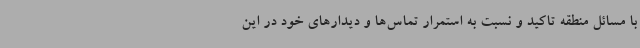
با مسائل منطقه تاکید و نسبت به استمرار تماس‌ها و دیدارهای خود در این